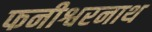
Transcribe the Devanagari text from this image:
फनीश्वरनाथ